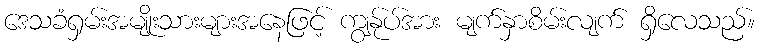
ဒေသခံရှမ်းအမျိုးသားများအနေဖြင့် ကျွန်ုပ်အား မျက်နှာစိမ်းလျက် ရှိလေသည်။